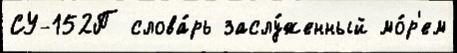
СУ-152П слова́рь заслу́женный мо́р'ем